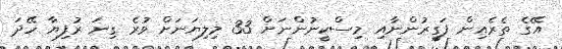
އޭގެ ތެރެއިން ފަގީރުންނާއި މިސްކީނުންނަށް 33 މިލިޔަނަށް ވުރެ ގިނަ ރުފިޔާ ހޭދަ